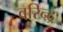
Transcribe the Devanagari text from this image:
वरिन्द्र